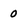
Character: 0